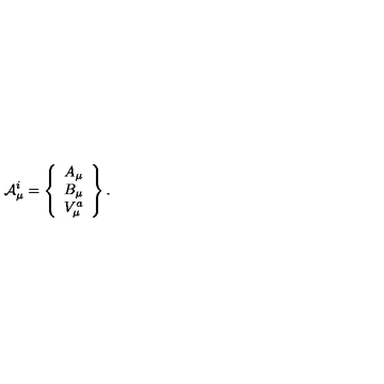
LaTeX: { \cal A } _ { \mu } ^ { i } = \left\{ \begin{array} { c c c } { A _ { \mu } } \\ { B _ { \mu } } \\ { V _ { \mu } ^ { a } } \\ \end{array} \right\} .